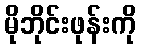
မိုဘိုင်းဖုန်းကို